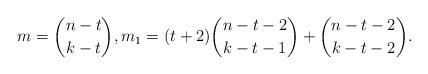
LaTeX: \begin{align*} m = \binom{n-t}{k-t}, m_1 = (t+2)\binom{n-t-2}{k-t-1} + \binom{n-t-2}{k-t-2}.\end{align*}